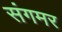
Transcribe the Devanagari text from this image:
संगमर